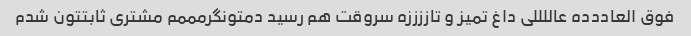
فوق العاددده عاللللی داغ تمیز و تاززززه سروقت هم رسید دمتونگرمممم مشتری ثابتتون شدم